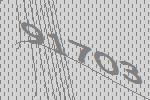
91703